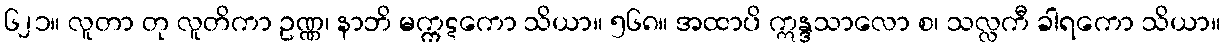
၆၂၁။ လူတာ တု လူတိကာ ဥဏ္ဏ၊ နာဘိ မက္ကဋကော သိယာ။ ၅၆၈။ အထာပိ ဣန္ဒသာလော စ၊ သလ္လကီ ခါရကော သိယာ။